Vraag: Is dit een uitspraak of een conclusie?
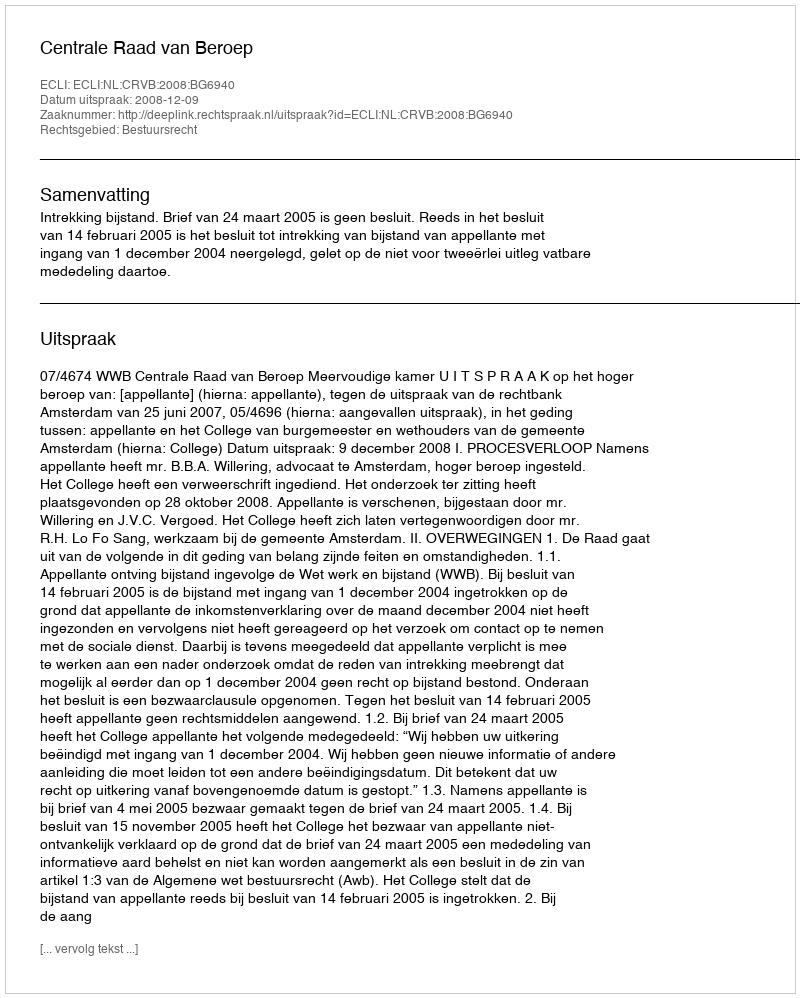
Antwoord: Uitspraak